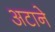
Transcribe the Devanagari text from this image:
अटाने